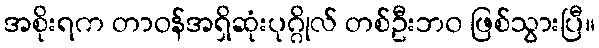
အစိုးရက တာဝန်အရှိဆုံးပုဂ္ဂိုလ် တစ်ဦးဘ၀ ဖြစ်သွားပြီ။